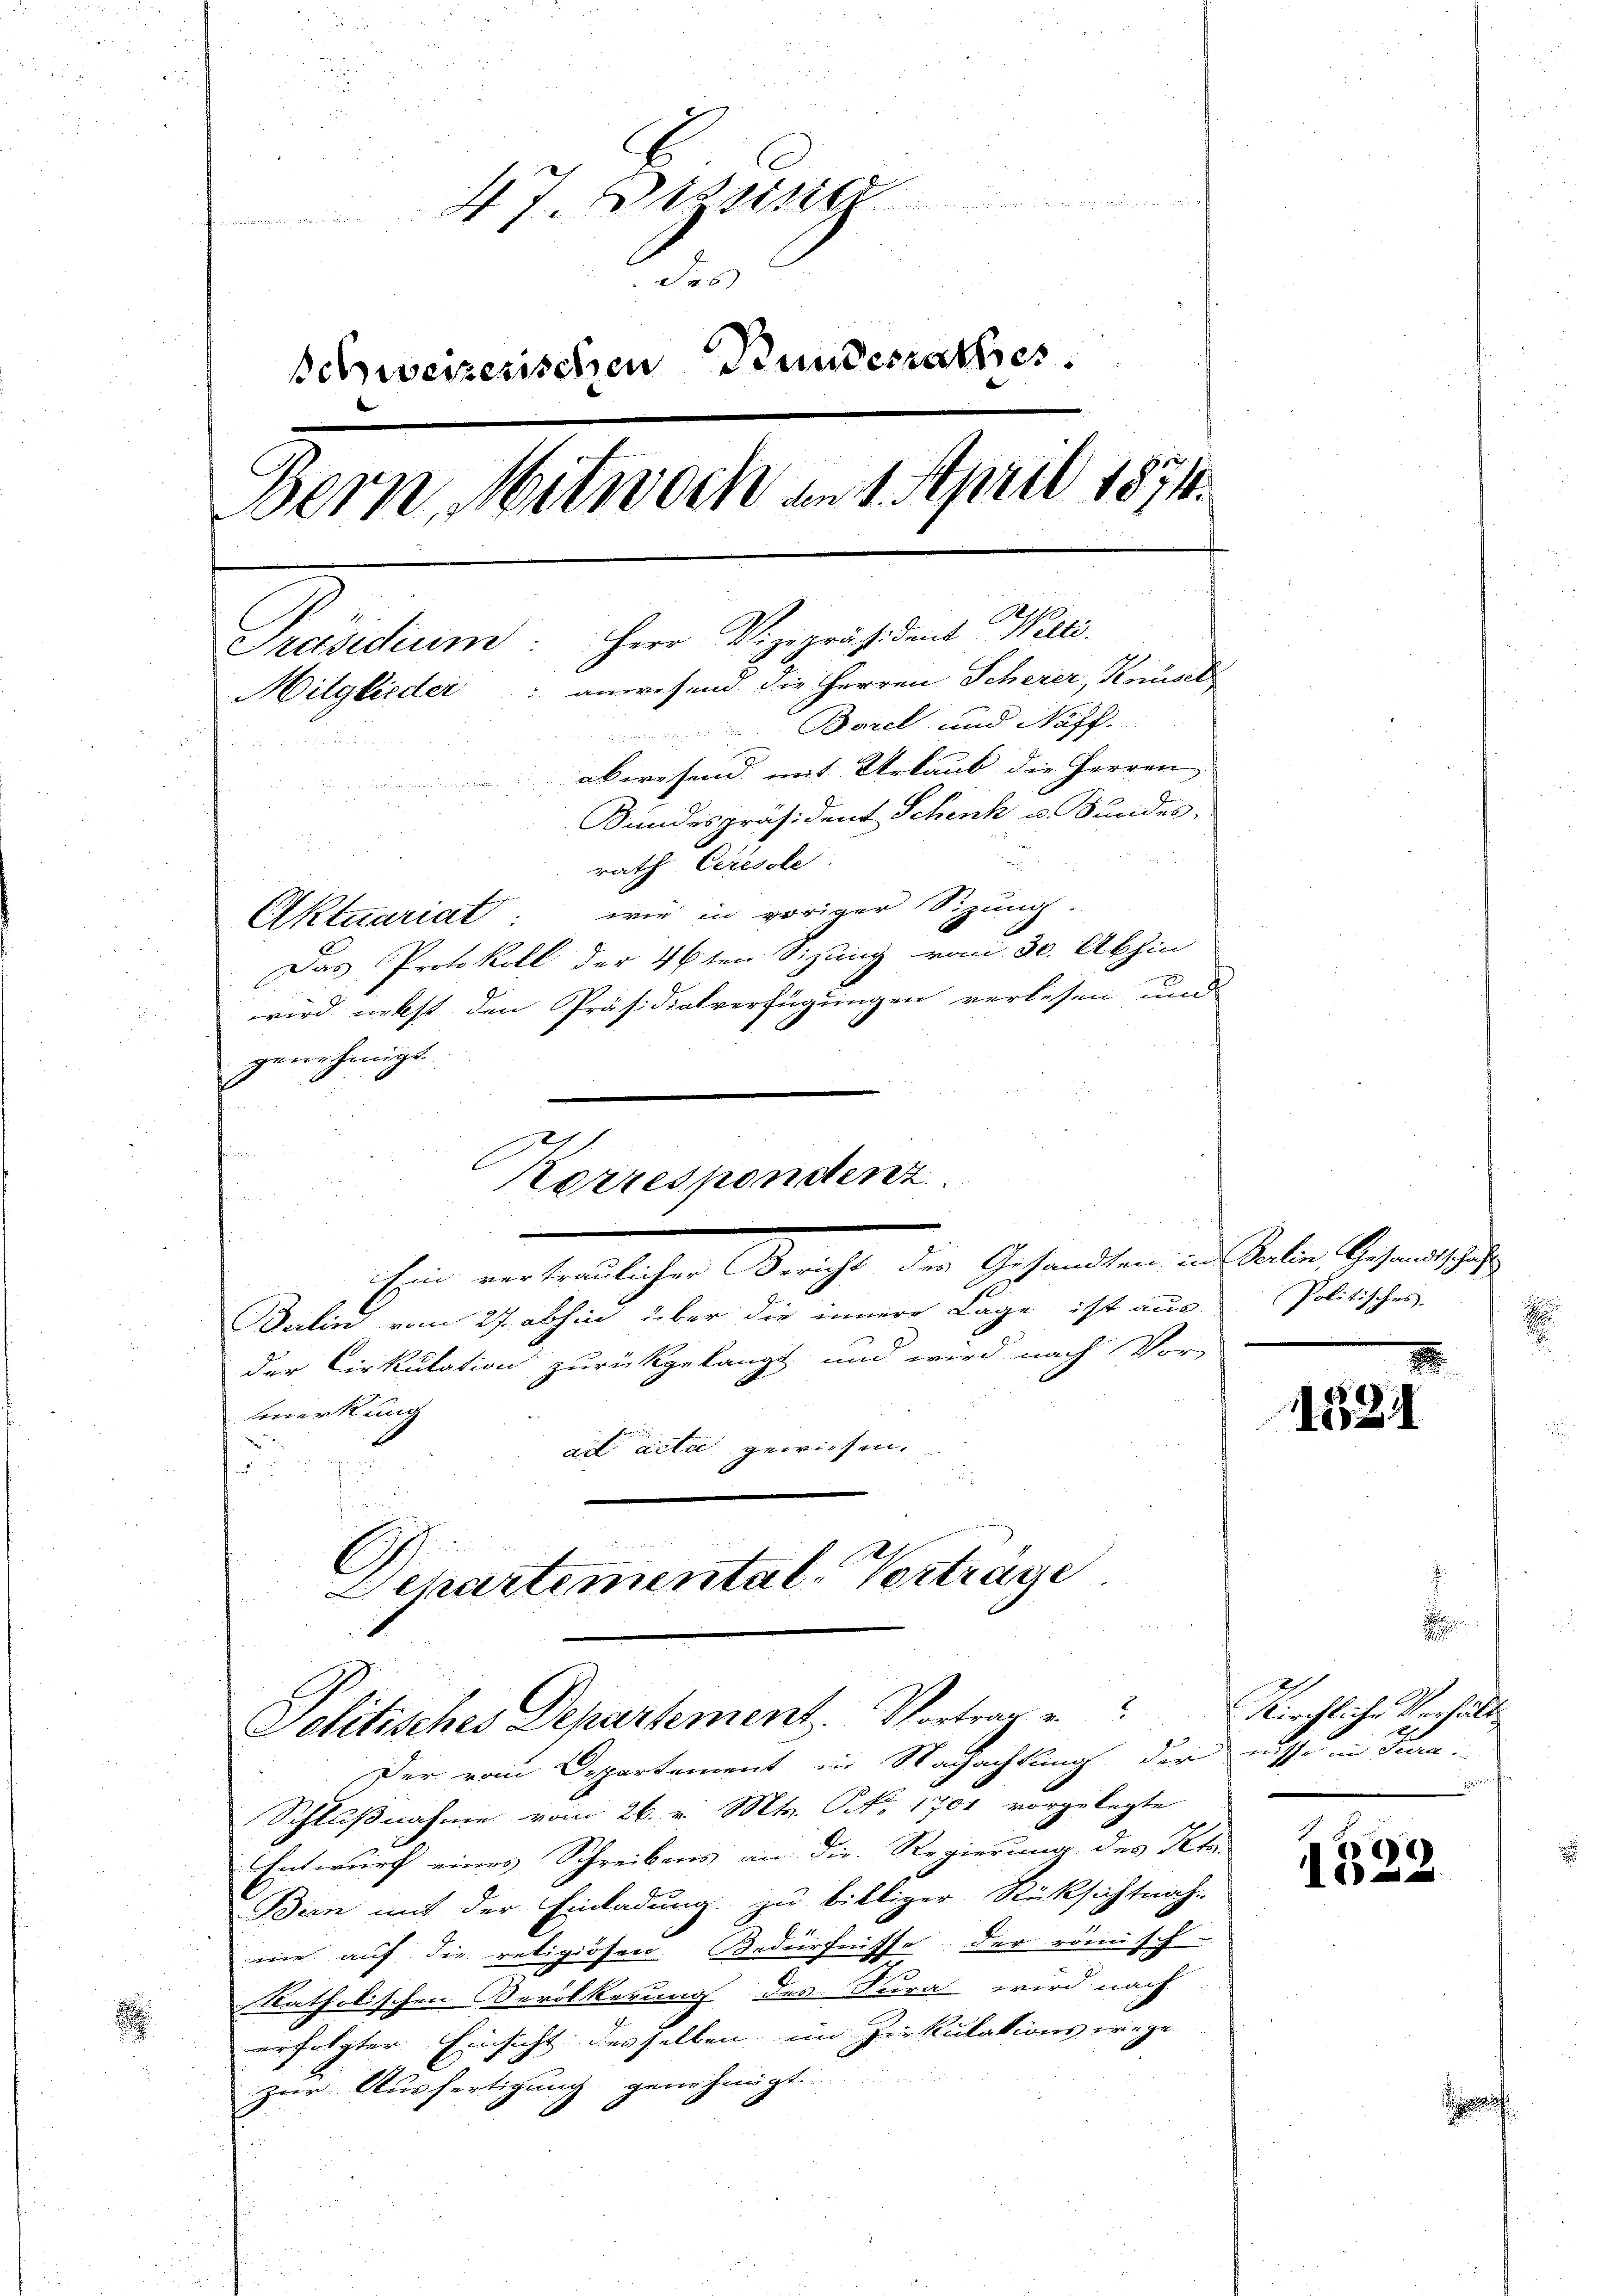
s

47. Dessiner
Jes
Schweizerischen Bundesrathes.
Bern, Mitwoch am 1. April 1874.
Präsidium. Herr Vizepräsident Welti.
Mitglieder: anwesend die HHerren Scherer, Knüsel
Borel und Notf.
abwesend mit Urlaub die Herren
u
Bundespräsident Schenk u. Bundes,
rath Ceresole

wie in voriger Sitzung.
Das Protokoll der 4 6ten Sizung vom 30. Abhin
wird nebst den Präsidialverfügungen verlesen und
genehmigt
Korrespondenz.
Ein unterlichen Gericht der Gesandten in aber bestrengese
Balin vom 27. abhin über die innere Lage ist aus
der Cirkulation zurückgelangt und wird nach Vor-
fmerkung
ad acti gewiesen.
d.
C
Schartemental-Vorträge.

Aktuariat

Jolitisches Departement. Vortrag u

Der vom Departement in Nachachtung dernisse im Jura.
Schlußnahme vom 26. v. Mts. No. 1701 vorgelegte
Entwurf eines Schreibens an die Regierung des Peta-
Bern mit der Einladung zu billiger Rücksichtnah-
me auf die religiösen Bedürfnisse der römisch-
katholischen Bevölkerung des Surat wird nach
erfolgter Einsicht desselben im Zirkulations wege
zur Ausfertigung genehmigt.

Politisches |
d

1524

.
Kirchlicher Verhält
r

1522

t